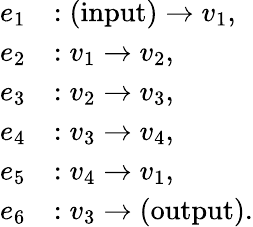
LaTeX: \begin{array}{rl}{e_{1}}&{:\mathrm{(input)}\to v_{1},}\\ {e_{2}}&{:v_{1}\to v_{2},}\\ {e_{3}}&{:v_{2}\to v_{3},}\\ {e_{4}}&{:v_{3}\to v_{4},}\\ {e_{5}}&{:v_{4}\to v_{1},}\\ {e_{6}}&{:v_{3}\to\mathrm{(output)}.}\end{array}